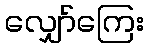
လျှော်ကြေး